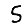
Digit: 5